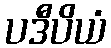
ပဒီပိယံ